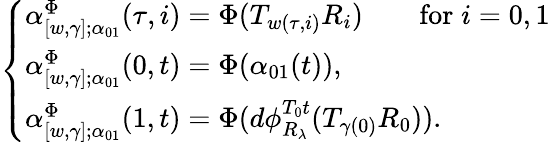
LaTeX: \left\{ \begin{array}{ll}{\alpha_{[w,\gamma];\alpha_{01}}^{\Phi}(\tau,i)=\Phi(T_{w(\tau,i)}R_{i})\qquad\mathrm{for}\; i=0,1}\\ {\alpha_{[w,\gamma];\alpha_{01}}^{\Phi}(0,t)=\Phi(\alpha_{01}(t)),}\\ {\alpha_{[w,\gamma];\alpha_{01}}^{\Phi}(1,t)=\Phi(d\phi_{R_{\lambda}}^{T_{0}t}(T_{\gamma(0)}R_{0})).}\end{array}\right.